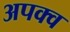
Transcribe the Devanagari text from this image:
अपक्‍व